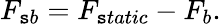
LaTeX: F_{\mathtt{s}b}=F_{\mathtt{s}tatic}-F_{b}.